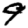
Digit: 9